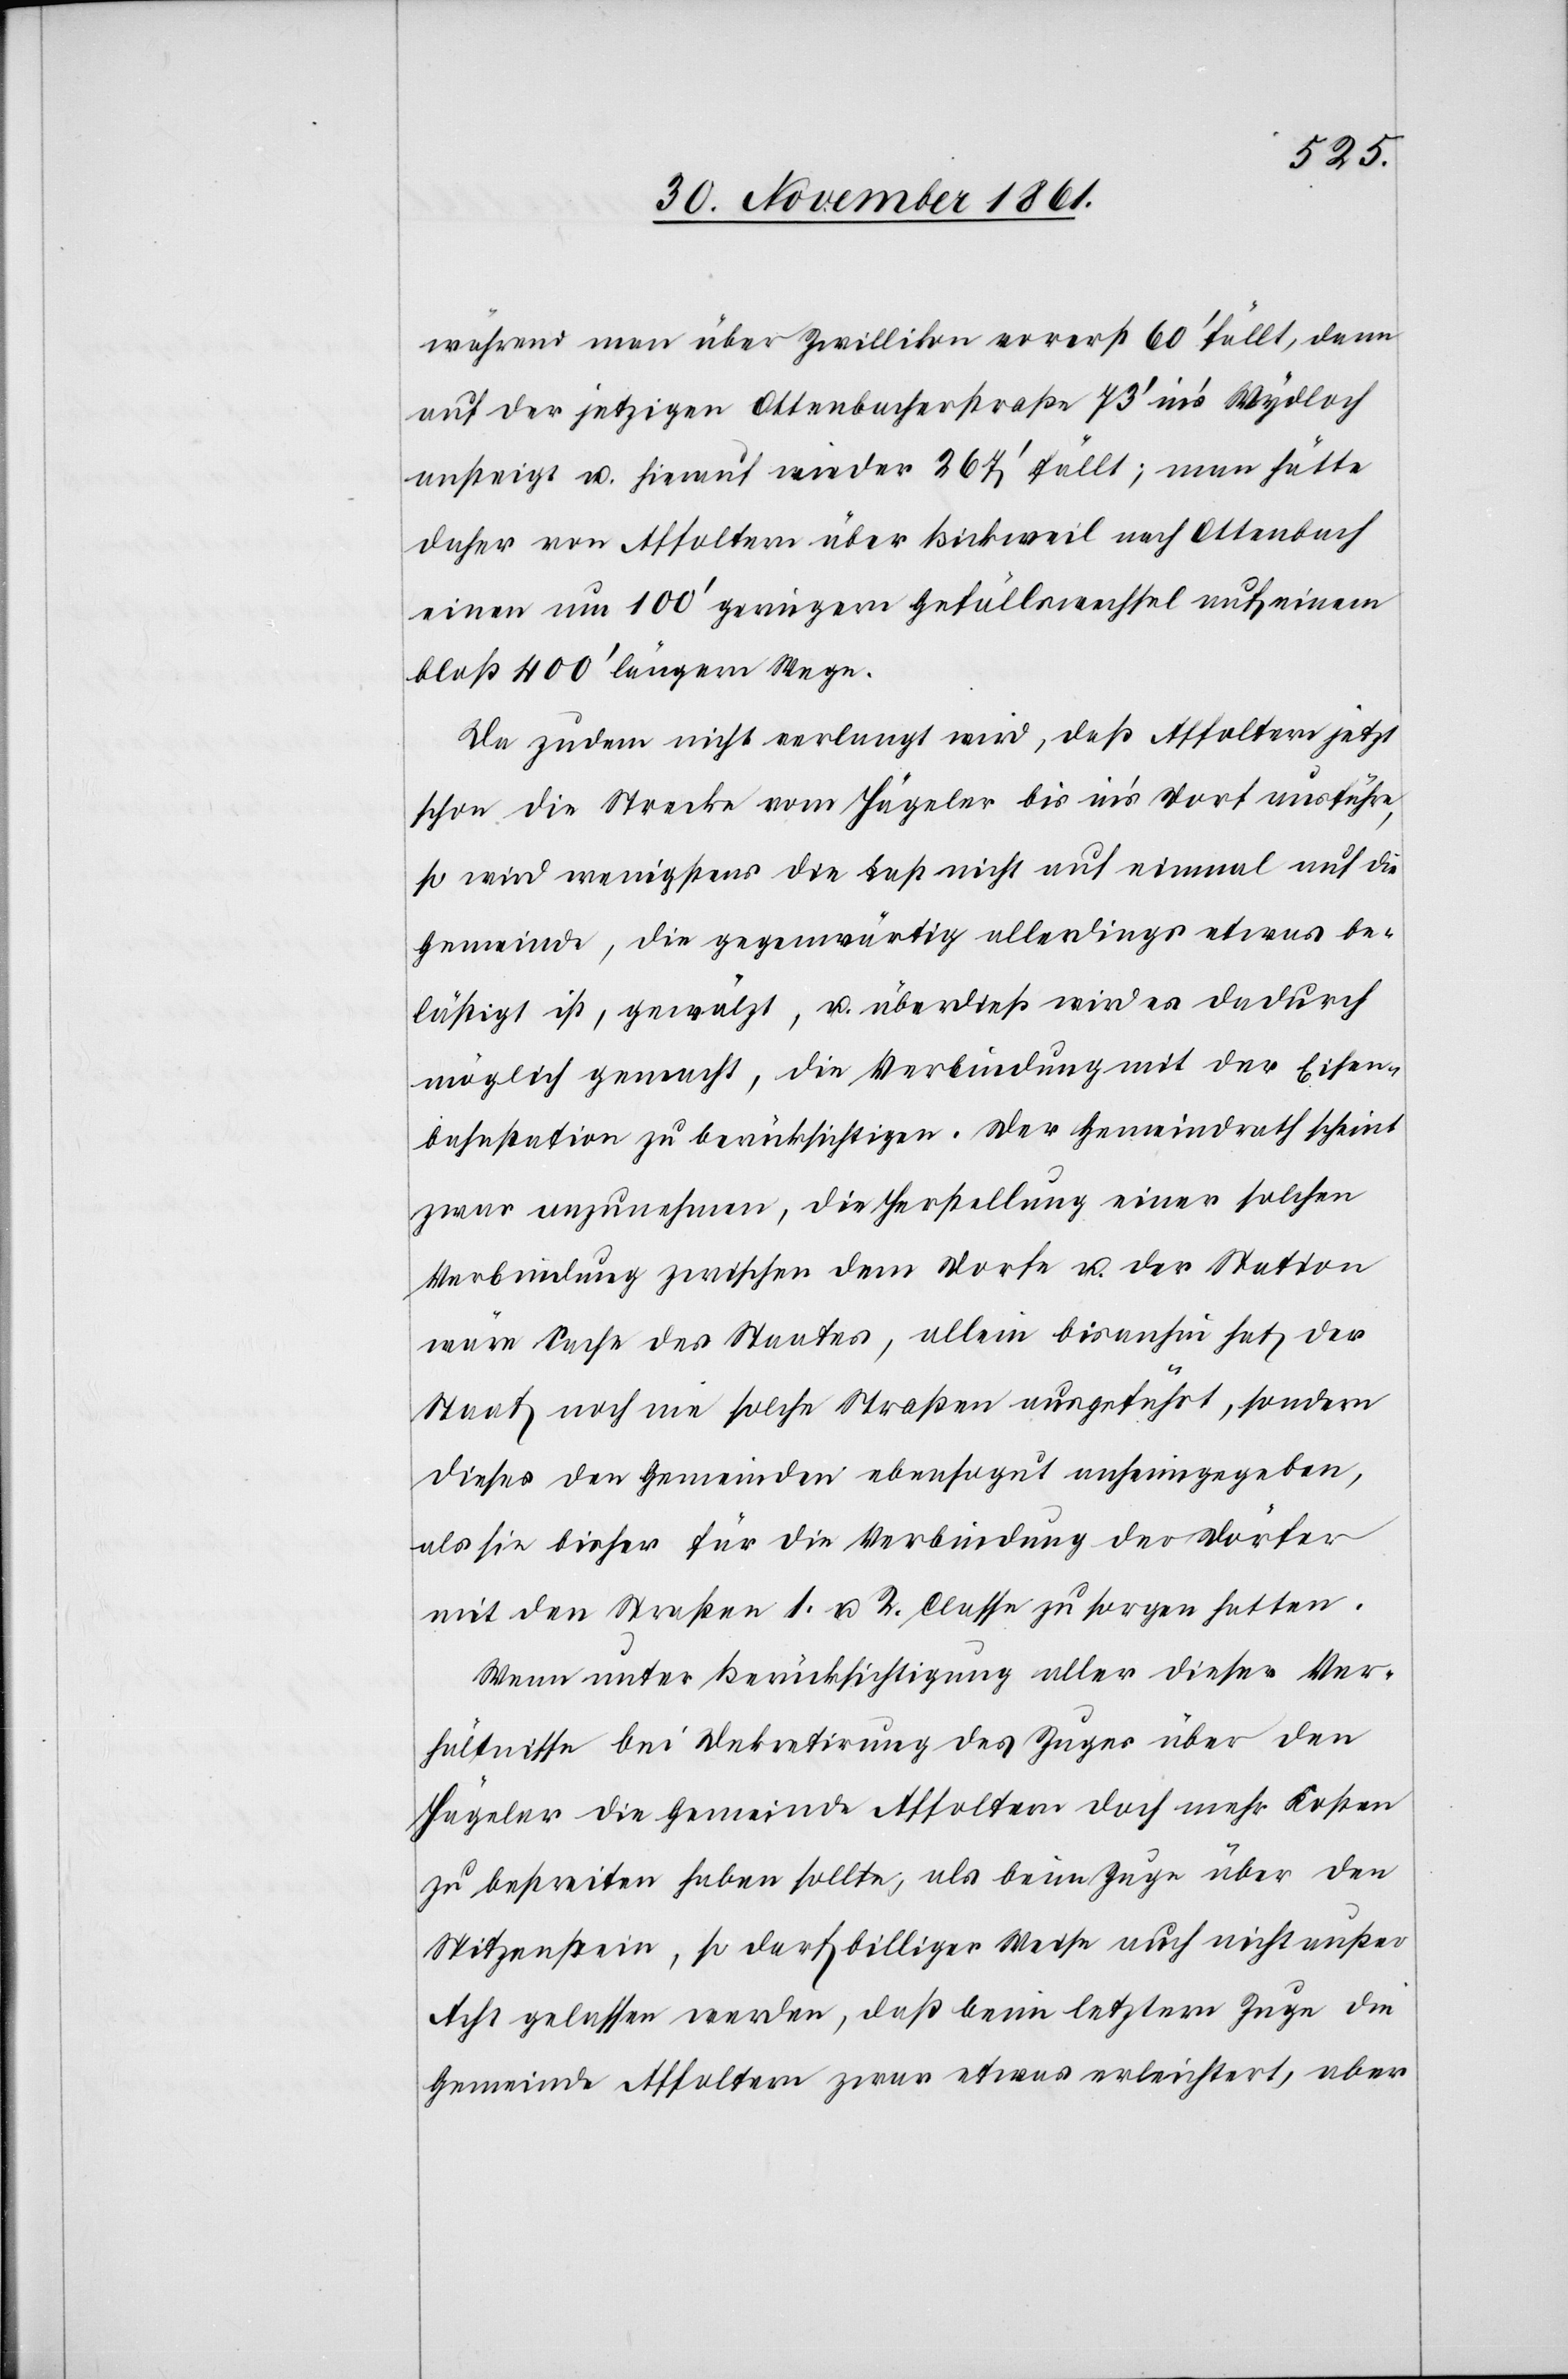
während man über Zwillikon vorerst 60’ fällt, dann
auf der jetzigen Ottenbacherstraße 73’ in’s Wydloch
ansteigt u. hierauf wieder 267’ fällt; man hätte
daher von Affoltern über Bickweil nach Ottenbach
einen um 100’ geringern Gefällswechsel auf einem
bloß 400’ längern Wege.
Da zudem nicht verlangt wird, daß Affoltern jetzt
schon die Strecke vom Hägeler bis in’s Dorf ausführe,
so wird wenigstens die Last nicht auf einmal auf die
Gemeinde, die gegenwärtig allerdings etwas be¬
lästigt ist, gewälzt, u. überdieß wird es dadurch
möglich gemacht, die Verbindung mit der Eisen¬
bahnstation zu berücksichtigen. Der Gemeindrath scheint
zwar anzunehmen, die Herstellung einer solchen
Verbindung zwischen dem Dorfe u. der Station
wäre Sache des Staates, allein bisanhin hat der
Staat noch nie solche Straßen ausgeführt, sondern
dieses den Gemeinden ebensogut anheimgegeben,
als sie bisher für die Verbindung der Dörfer
mit den Straßen 1. u. 2. Classe zu sorgen hatten.
Wenn unter Berücksichtigung aller dieser Ver¬
hältnisse bei Dekretirung des Zuges über den
Hägeler die Gemeinde Affoltern doch mehr Kosten
zu bestreiten haben sollte, als beim Zuge über den
Spitzenstein, so darf billiger Weise auch nicht außer
Acht gelassen werden, daß beim letztern Zuge, die
Gemeinde Affoltern zwar etwas erleichtert, aber